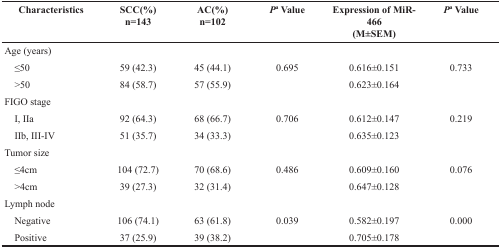
<table><thead><tr><td><b>Characteristics</b></td><td><b>SCC(%) n=143</b></td><td><b>AC(%) n=102</b></td><td><b><i>P</i><sup>a</sup> Value</b></td><td><b>Expression of MiR-466 (M±SEM)</b></td><td><b><i>P</i><sup>a</sup> Value</b></td></tr></thead><tbody><tr><td>Age (years)</td><td></td><td></td><td></td><td></td><td></td></tr><tr><td> ≤50</td><td>59 (42.3)</td><td>45 (44.1)</td><td>0.695</td><td>0.616±0.151</td><td>0.733</td></tr><tr><td> &gt;50</td><td>84 (58.7)</td><td>57 (55.9)</td><td></td><td>0.623±0.164</td><td></td></tr><tr><td>FIGO stage</td><td></td><td></td><td></td><td></td><td></td></tr><tr><td> I, IIa</td><td>92 (64.3)</td><td>68 (66.7)</td><td>0.706</td><td>0.612±0.147</td><td>0.219</td></tr><tr><td> IIb, III-IV</td><td>51 (35.7)</td><td>34 (33.3)</td><td></td><td>0.635±0.123</td><td></td></tr><tr><td>Tumor size</td><td></td><td></td><td></td><td></td><td></td></tr><tr><td> ≤4cm</td><td>104 (72.7)</td><td>70 (68.6)</td><td>0.486</td><td>0.609±0.160</td><td>0.076</td></tr><tr><td> &gt;4cm</td><td>39 (27.3)</td><td>32 (31.4)</td><td></td><td>0.647±0.128</td><td></td></tr><tr><td>Lymph node</td><td></td><td></td><td></td><td></td><td></td></tr><tr><td> Negative</td><td>106 (74.1)</td><td>63 (61.8)</td><td>0.039</td><td>0.582±0.197</td><td>0.000</td></tr><tr><td> Positive</td><td>37 (25.9)</td><td>39 (38.2)</td><td></td><td>0.705±0.178</td><td></td></tr></tbody></table>